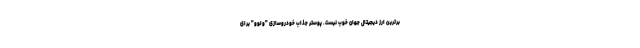
برترین ارز دیجیتال جهان خوب نیست. پوستر جذاب خودروسازی "ولوو" برای